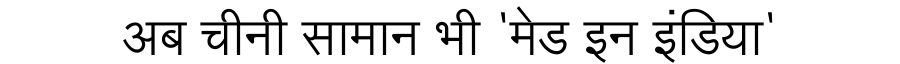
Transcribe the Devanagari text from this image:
अब चीनी सामान भी 'मेड इन इंडिया'